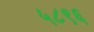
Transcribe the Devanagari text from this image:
५८९६